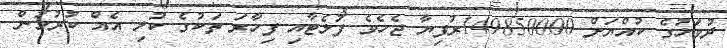
ދުވަހުގެ ކުއްޔަށް 149850000ރުފިޔާ ޖެހެވެ ފުލެޓާއި ފިހާރަ ތަކުގެ ކުލި އެއް ކުރުމުން